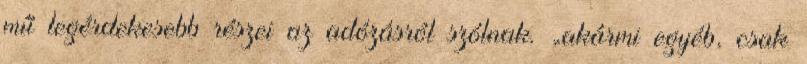
mű legérdekesebb részei az adózásról szólnak. „akármi egyéb, csak